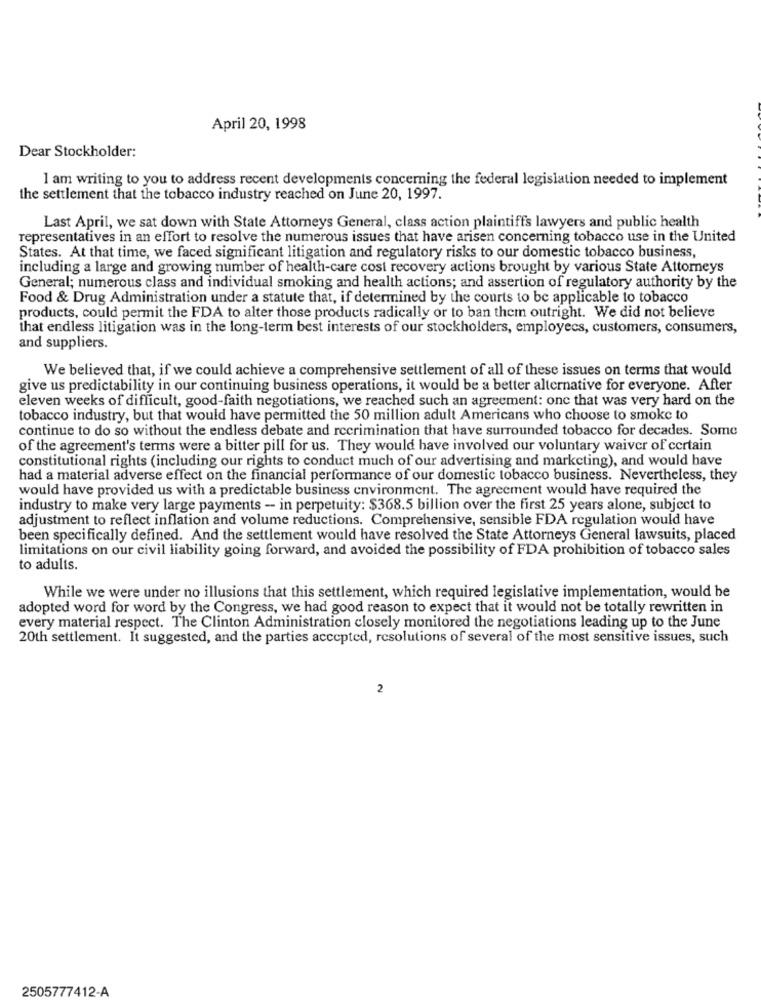
April 20, 1998
Dear Stockholder:
I am writing to you to address recent developments concerning the federal legislation needed to implement
the settlement that the tobacco industry reached on June 20, 1997.
Last April, we sat down with State Attorneys General, class action plaintiffs lawyers and public health
representatives in an effort to resolve the numerous issues that have arisen concerning tobacco use in the United
States. At that time, we faced significant litigation and regulatory risks to our domestic tobacco business,
including a large and growing number of health-care cost recovery actions brought by various State Attorneys
General; numerous class and individual smoking and health actions; and assertion of regulatory authority by the
Food & Drug Administration under a statute that, if determined by the courts to be applicable to tobacco
products, could permit the FDA to alter those products radically or to ban them outright. We did not believe
that endless litigation was in the long-term best interests of our stockholders, employecs, customers, consumers,
and suppliers.
We believed that, if we could achieve a comprehensive settlement of all of these issues on terms that would
give us predictability in our continuing business operations, it would be a better alternative for everyone. After
eleven weeks of difficult, good-faith negotiations, we reached such an agreement: one that was very hard on the
tobacco industry, but that would have permitted the 50 million adult Americans who choose to smoke to
continue to do so without the endless debate and recrimination that have surrounded tobacco for decades. Some
of the agreement's terms were a bitter pill for us. They would have involved our voluntary waiver of certain
constitutional rights (including our rights to conduct much of our advertising and marketing), and would have
had a material adverse effect on the financial performance of our domestic tobacco business. Nevertheless, they
would have provided us with a predictable business environment. The agreement would have required the
industry to make very large payments - in perpetuity: $368.5 billion over the first 25 years alone, subject to
adjustment to reflect inflation and volume reductions. Comprehensive, sensible FDA regulation would have
been specifically defined. And the settlement would have resolved the State Attorneys General lawsuits, placed
limitations on our civil liability going forward, and avoided the possibility of FDA prohibition of tobacco sales
to adults.
While we were under no illusions that this settlement, which required legislative implementation, would be
adopted word for word by the Congress, we had good reason to expect that it would not be totally rewritten in
every material respect. The Clinton Administration closely monitored the negotiations leading up to the June
20th settlement. It suggested, and the parties accepted, resolutions of several of the most sensitive issues, such
2
2505777412-A